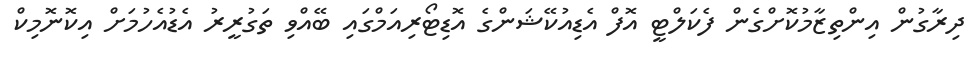
ދިރާގުން އިންތިޒާމުކޮށްގެން ފެކަލްޓީ އޮފް އެޑިއުކޭޝަންގެ އޮޑިޓޯރިއަމްގައި ބޭއްވި ތަގުރީރު އެޑުއެހުމަށް އިކޮނޮމިކް